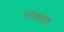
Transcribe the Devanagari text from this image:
हरख्वेती